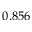
0 . 8 5 6